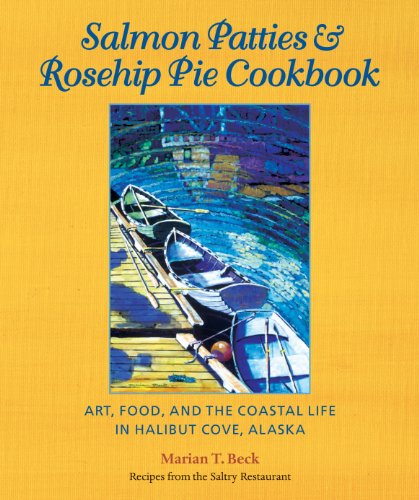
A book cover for Salmon Patties & Rosehip Pie Cookbook: Art, Food, and the Coastal Life in Halibut Cove, Alaska; Marian T. Beck; Cookbooks, Food & Wine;